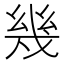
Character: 幾